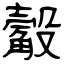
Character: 觳